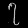
Digit: ၇